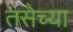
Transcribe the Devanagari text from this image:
तसेच्या